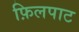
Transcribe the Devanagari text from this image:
फ़िलपाट